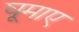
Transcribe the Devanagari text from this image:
घूमाए